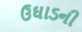
ઉઘાડની